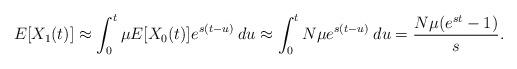
LaTeX: \begin{align*}E[X_1(t)] \approx \int_0^t \mu E[X_0(t)] e^{s(t-u)} \: du \approx \int_0^t N \mu e^{s(t-u)} \: du = \frac{N \mu (e^{st} - 1)}{s}.\end{align*}